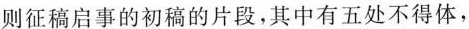
则征稿启事的初稿的片段，其中有五处不得体，